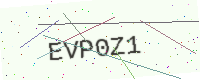
Text: EVP0Z1